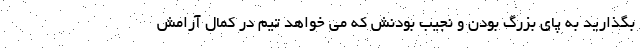
بگذارید به پای بزرگ بودن و نجیب بودنش که می خواهد تیم در کمال آرامش